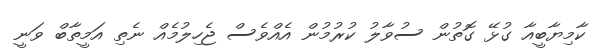
ކާމިޔާބީއާ ގުޅޭ ގޮތުން ސުވާލު ކުރުމުން އެއްވެސް ޖެހިލުމެއް ނެތި އަމީތާބް ވަނީ